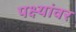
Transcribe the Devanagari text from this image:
पक्ष्यांवर